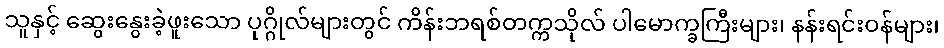
သူနှင့် ဆွေးနွေးခဲ့ဖူးသော ပုဂ္ဂိုလ်များတွင် ကိန်းဘရစ်တက္ကသိုလ် ပါမောက္ခကြီးများ၊ နန်းရင်းဝန်များ၊